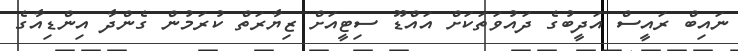
ނައިބް ރައީސް އަދީބުގެ ދައުވަތަކަށް އައްޑޫ ސިޓީއަށް ޒިޔާރަތް ކުރަމުން ގެންދާ އިންޑިއާގެ